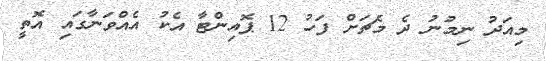
މިއަދު ނިމުނު ދެ މެޗަށް ފަހު 12 ޕޮއިންޓާ އެކު އެއްވަނާގައި އޮތީ